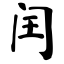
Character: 闰